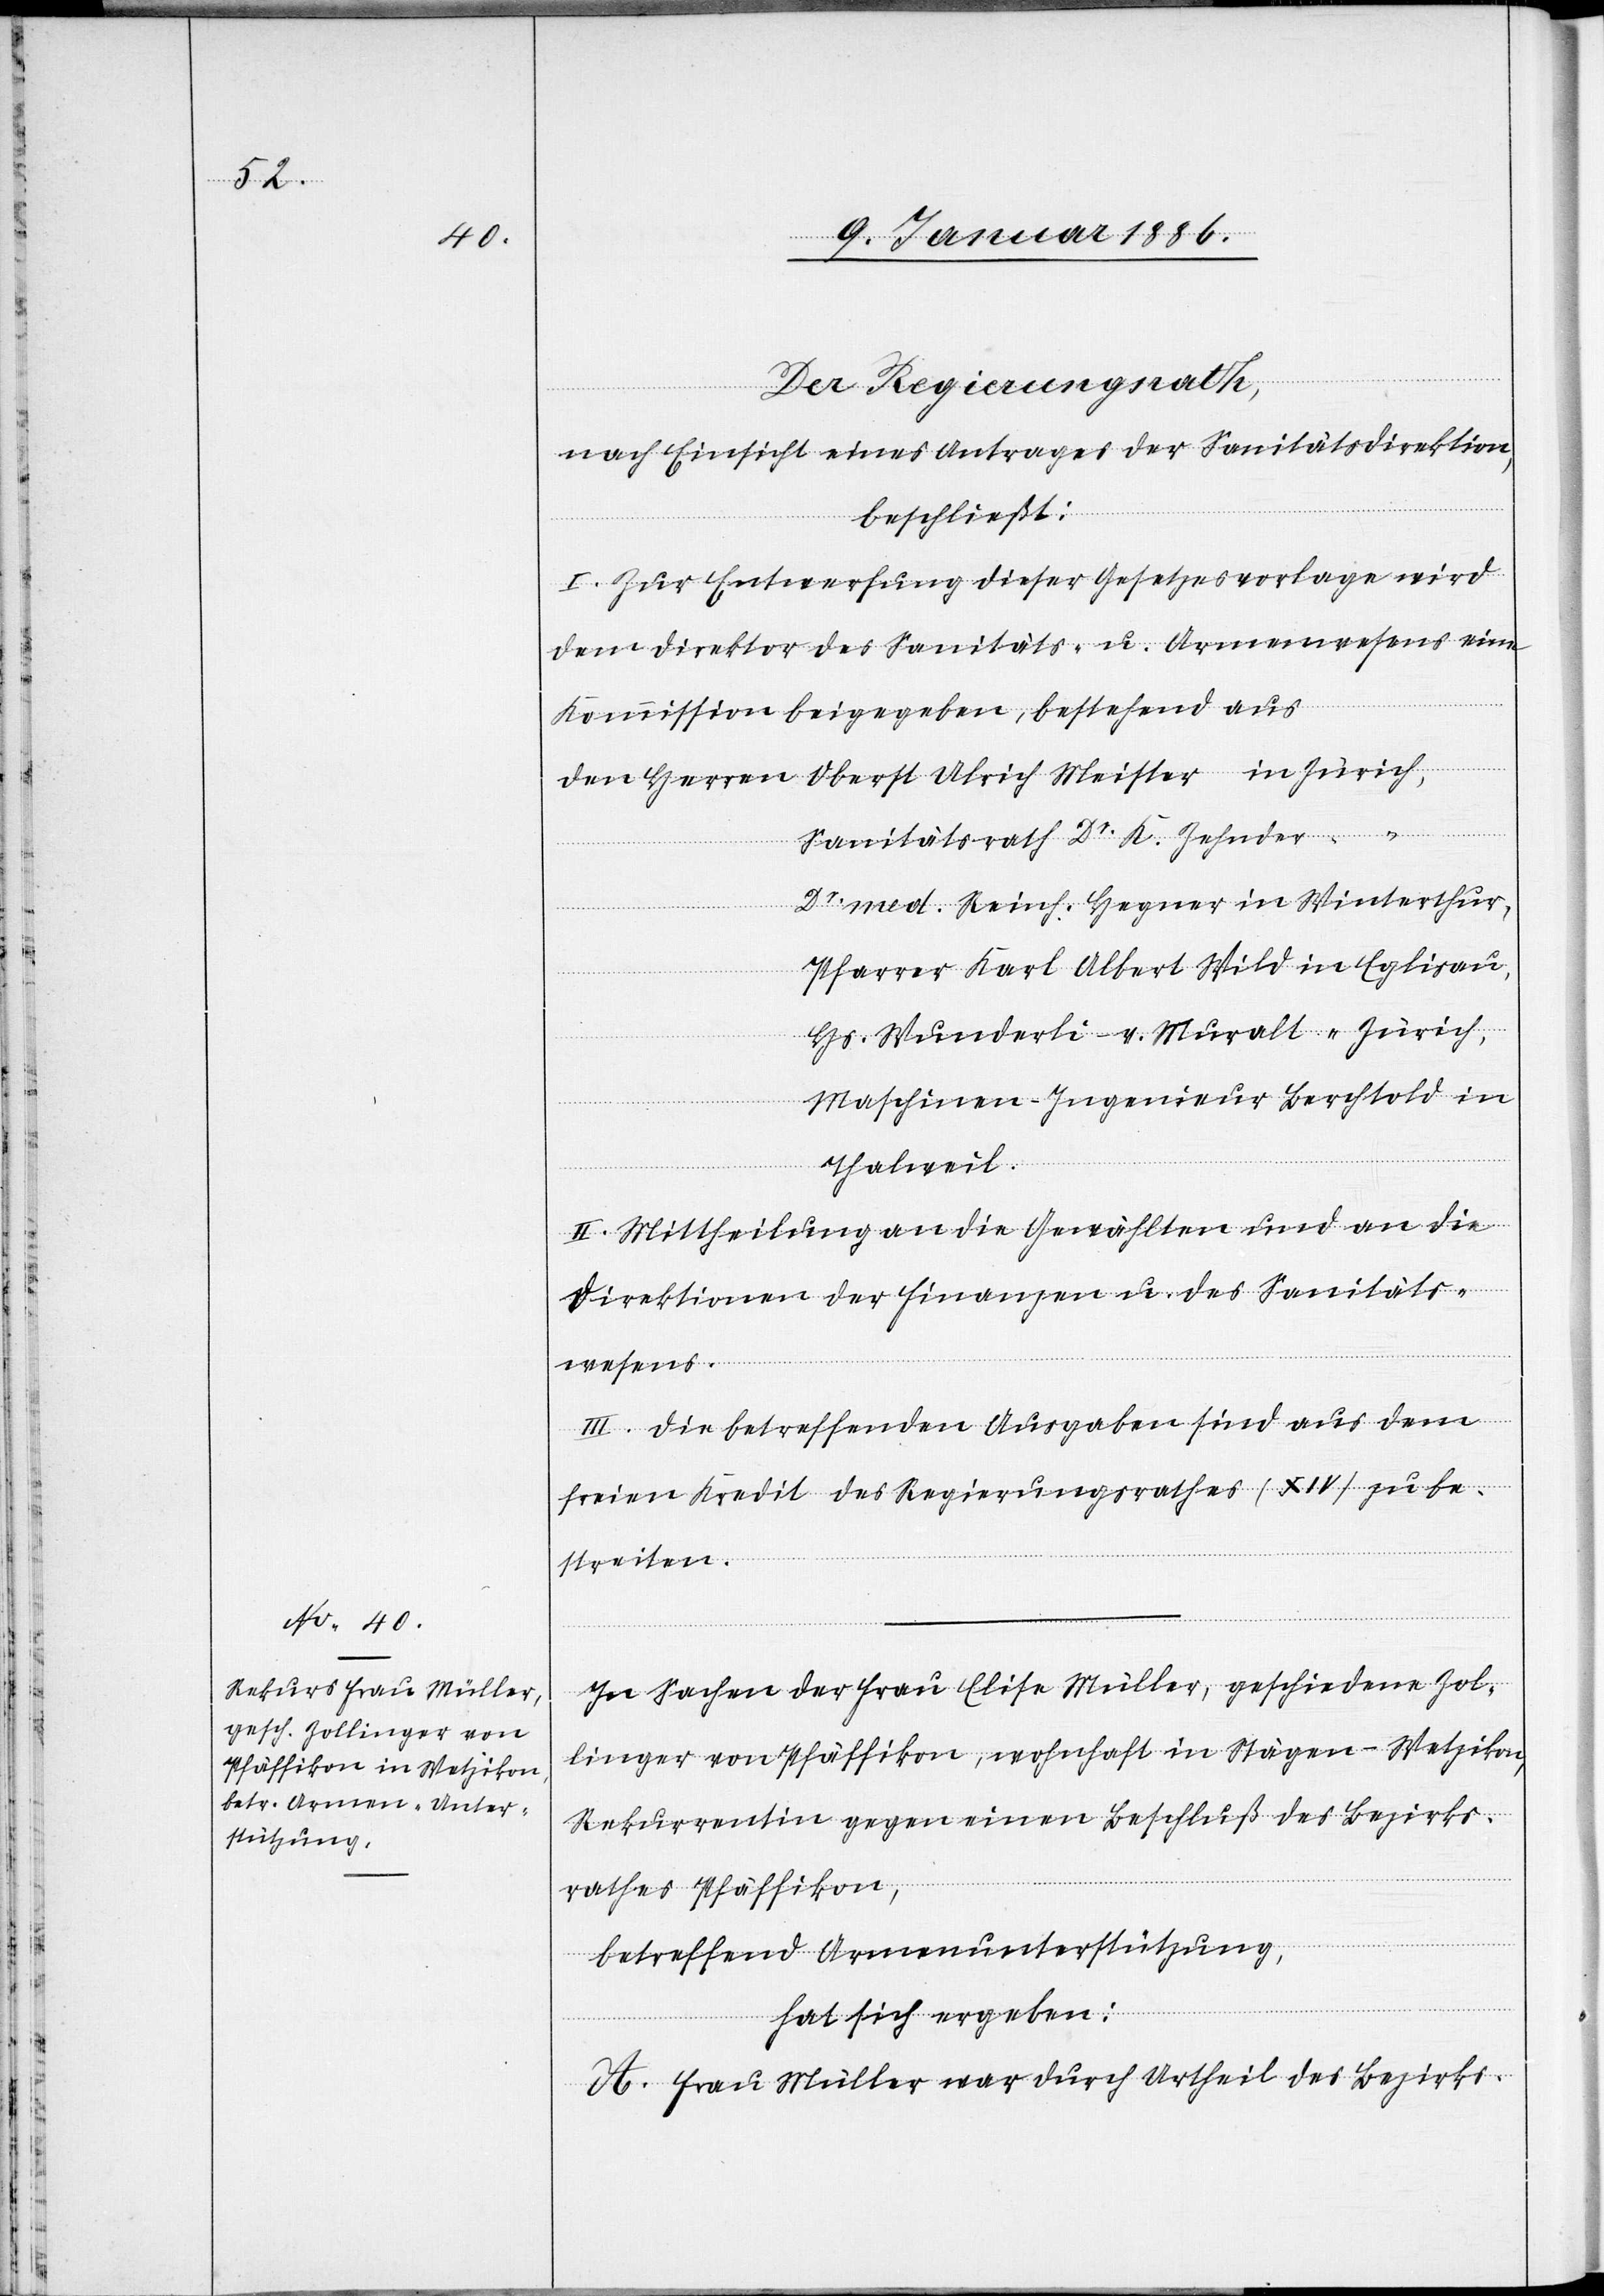
Der Regierungsrath,
nach Einsicht eines Antrages der Sanitätsdirektion,
beschließt:
I. Zur Entwerfung dieser Gesetzesvorlage wird
der Direktion des Sanitäts- u. Armenwesens eine
Kommission beigegeben, bestehend aus
den
Herren Oberst Ulrich Meister in Zürich,
Sanitätsrath Dr K. Zehnder “
Dr med. Reinh. Hegner in Winterthur,
Pfarrer Karl Albert Wild in Eglisau,
Hs. Wunderli-Muralt “ Zürich,
Maschinen-Ingenieur Berchtold in
Thalweil.
II. Mittheilung an die Gewählten und an die
Direktion der Finanzen u. des Sanitäts¬
wesens.
III. Die betroffenen Ausgaben sind aus dem
freien Kredit des Regierungsrathes (XIV) zu be¬
streiten.
In Sachen der Frau Elise Müller, geschiedene Zol¬
linger von Pfäffikon, wohnhaft in Stägen - Wetzikon,
Rekurrentin gegen einen Beschluß des Bezirks¬
rathes Pfäffikon,
betreffend Armenunterstützung,
hat sich ergeben:
A. Frau Müller war durch Urtheil des Bezirks-